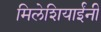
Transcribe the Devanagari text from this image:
मिलेशियाईंनी